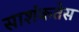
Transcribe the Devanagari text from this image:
साशंकतेस